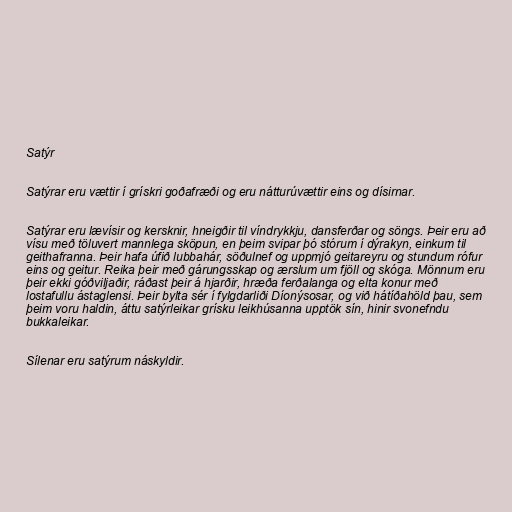
Satýr

Satýrar eru vættir í grískri goðafræði og eru nátturúvættir eins og dísirnar.

Satýrar eru lævísir og kersknir, hneigðir til víndrykkju, dansferðar og söngs. Þeir eru að
vísu með töluvert mannlega sköpun, en þeim svipar þó stórum í dýrakyn, einkum til
geithafranna. Þeir hafa úfið lubbahár, söðulnef og uppmjó geitareyru og stundum rófur
eins og geitur. Reika þeir með gárungsskap og ærslum um fjöll og skóga. Mönnum eru
þeir ekki góðviljaðir, ráðast þeir á hjarðir, hræða ferðalanga og elta konur með
lostafullu ástaglensi. Þeir bylta sér í fylgdarliði Díonýsosar, og við hátíðahöld þau, sem
þeim voru haldin, áttu satýrleikar grísku leikhúsanna upptök sín, hinir svonefndu
bukkaleikar.

Sílenar eru satýrum náskyldir.